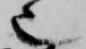
也